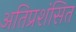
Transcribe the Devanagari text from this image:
अतिप्रशंसित